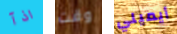
اذآ وقت أيميلي